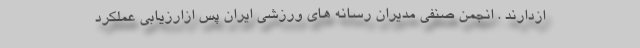
ازدارند . انجمن صنفی مدیران رسانه های ورزشی ایران پس ازارزیابی عملکرد